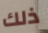
ذلك